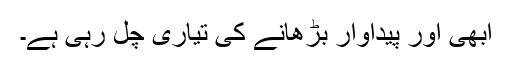
ابھی اور پیداوار بڑھانے کی تیاری چل رہی ہے۔